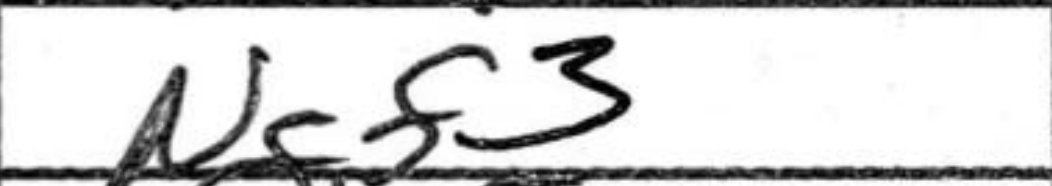
Transcription: Ngf3